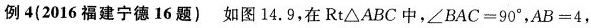
例4(2016福建宁德16题) 如图14.9，在Rt△ABC中，$$∠ B A C = 9 0 °$$，$$A B = 4$$，